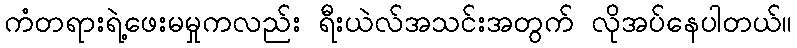
ကံတရားရဲ့ဖေးမမှုကလည်း ရီးယဲလ်အသင်းအတွက် လိုအပ်နေပါတယ်။